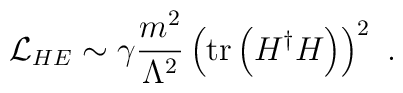
{\cal L}_{HE} \sim \gamma {{m^2} \over {\Lambda^2}}      \left( {\rm tr} \left( H^{\dag} H \right) \right)^2 \ .